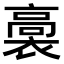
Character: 𧜉